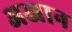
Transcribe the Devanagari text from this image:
अस्नान